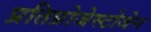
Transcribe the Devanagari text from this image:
प्रतिप्रोजेस्टोजेन